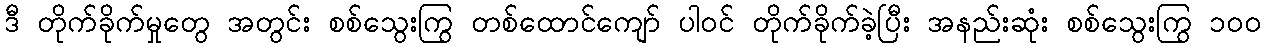
ဒီ တိုက်ခိုက်မှုတွေ အတွင်း စစ်သွေးကြွ တစ်ထောင်ကျော် ပါဝင် တိုက်ခိုက်ခဲ့ပြီး အနည်းဆုံး စစ်သွေးကြွ ၁၀၀